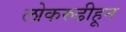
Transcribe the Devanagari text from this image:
लोकरुढीहून